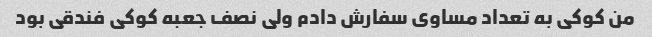
من کوکی به تعداد مساوی سفارش دادم ولی نصف جعبه کوکی فندقی بود